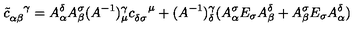
{ \tilde { c } } _ { \alpha \beta } ^ { \enspace \enspace \gamma } = A _ { \alpha } ^ { \delta } A _ { \beta } ^ { \sigma } ( A ^ { - 1 } ) _ { \mu } ^ { \gamma } c _ { \delta \sigma } ^ { \enspace \enspace \mu } + ( A ^ { - 1 } ) _ { \delta } ^ { \gamma } ( A _ { \alpha } ^ { \sigma } E _ { \sigma } A _ { \beta } ^ { \delta } + A _ { \beta } ^ { \sigma } E _ { \sigma } A _ { \alpha } ^ { \delta } )